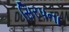
સિરપના